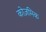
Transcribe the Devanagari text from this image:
कोज़मिक